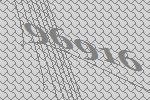
96916